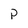
Character: P